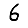
Digit: 6